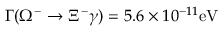
\Gamma ( \Omega ^ { - } \rightarrow \Xi ^ { - } \gamma ) = 5 . 6 \times 1 0 ^ { - 1 1 } \mathrm { e V }